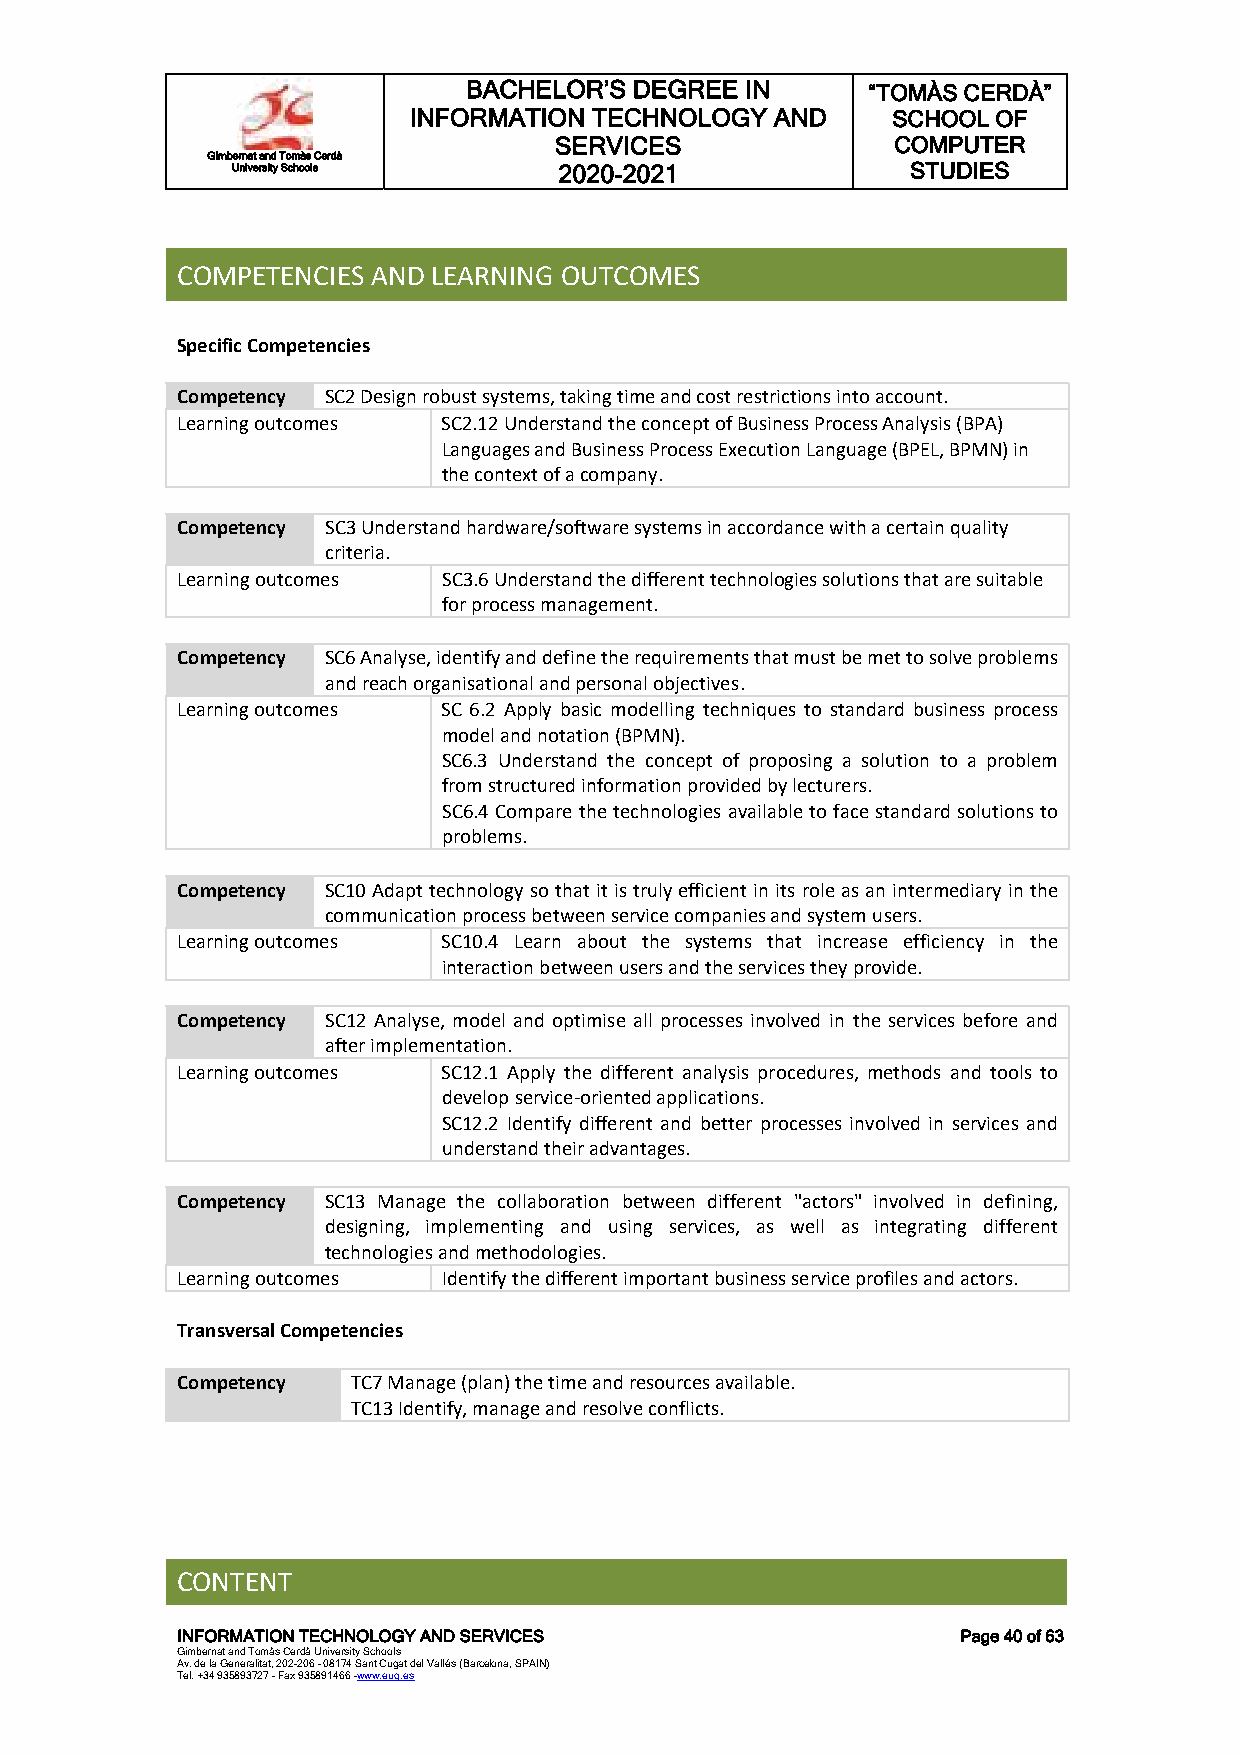
BACHELOR’S DEGREE IN      “TOMÀS CERDÀ”
 INFORMATION TECHNOLOGY  AND     SCHOOL OF
 SERVICES              COMPUTER
 Gimbernat and Tomàs Cerdà
 University Schools    2020-2021              STUDIES
 COMPETENCIES AND LEARNING OUTCOMES
 Specific Competencies
 Competency SC2 Design robust systems, taking time and cost restrictions into account.
 Learning outcomes SC2.12 Understand the concept of Business Process Analysis (BPA)
 Languages and Business Process Execution Language (BPEL, BPMN) in
 the context of a company.
 Competency SC3 Understand hardware/software systems in accordance with a certain quality
 criteria.
 Learning outcomes SC3.6 Understand the different technologies solutions that are suitable
 for process management.
 Competency SC6 Analyse, identify and define the requirements that must be met to solve problems
 and reach organisational and personal objectives.
 Learning outcomes SC 6.2 Apply basic modelling techniques to standard business process
 model and notation (BPMN).
 SC6.3 Understand the concept of proposing a solution to a problem
 from structured information provided by lecturers.
 SC6.4 Compare the technologies available to face standard solutions to
 problems.
 Competency SC10 Adapt technology so that it is truly efficient in its role as an intermediary in the
 communication process between service companies and system users.
 Learning outcomes SC10.4 Learn about the systems that increase efficiency in the
 interaction between users and the services they provide.
 Competency SC12 Analyse, model and optimise all processes involved in the services before and
 after implementation.
 Learning outcomes SC12.1 Apply the different analysis procedures, methods and tools to
 develop service-oriented applications.
 SC12.2 Identify different and better processes involved in services and
 understand their advantages.
 Competency SC13 Manage the collaboration between different "actors" involved in defining,
 designing, implementing and using services, as well as integrating different
 technologies and methodologies.
 Learning outcomes Identify the different important business service profiles and actors.
 Transversal Competencies
 Competency TC7 Manage (plan) the time and resources available.
 TC13 Identify, manage and resolve conflicts.
 CONTENT
 INFORMATION TECHNOLOGY AND SERVICES                 Page 40 of 63
 Gimbernat and Tomàs Cerdà University Schools
 Av. de la Generalitat, 202-206 - 08174 Sant Cugat del Vallés (Barcelona, SPAIN)
 Tel. +34 935893727 - Fax 935891466 -www.eug.es